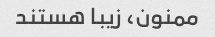
ممنون، زیبا هستند